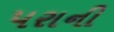
પરાની